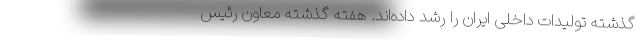
گذشته تولیدات داخلی ایران را رشد داده‌اند. هفته گذشته معاون رئیس